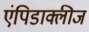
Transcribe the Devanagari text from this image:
एंपिडाक्लीज